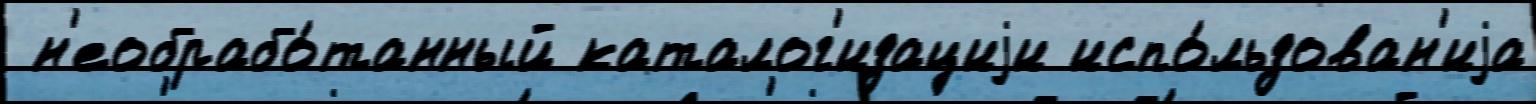
 н'еобрабо́танный каталог'изациjи испо́льзован'иjа